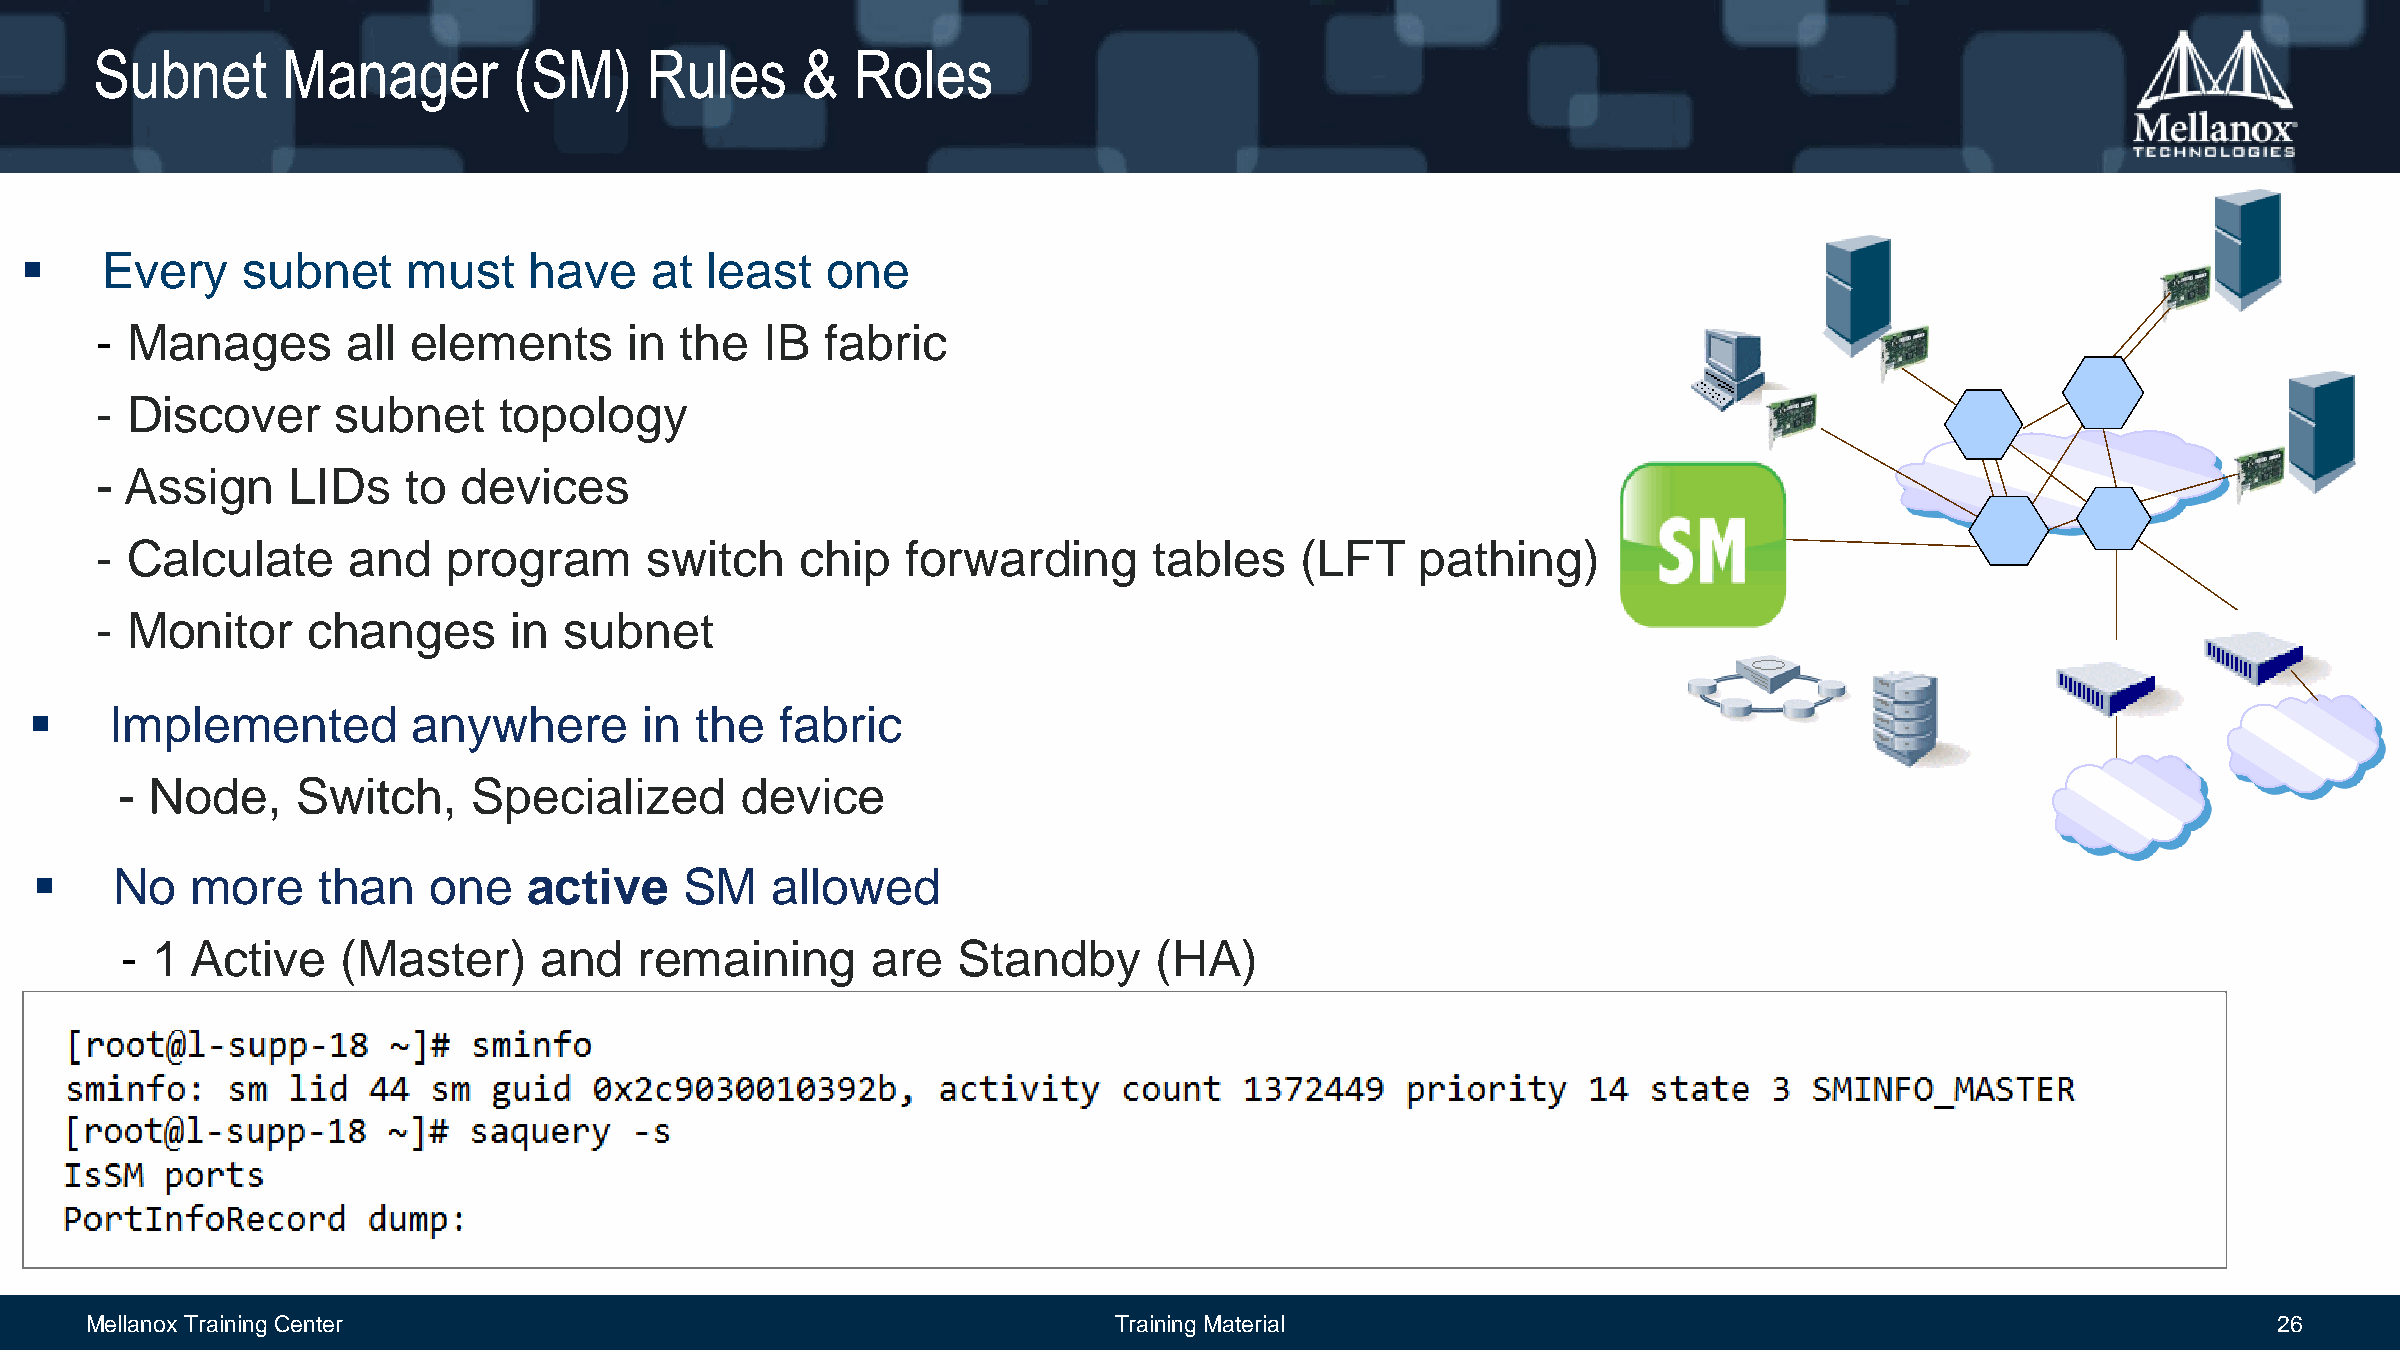
Subnet       Manager        (SM)     Rules     &   Roles
      Every    subnet     must    have    at  least   one
 - Manages        all elements       in the   IB  fabric
 - Discover      subnet     topology
 - Assign     LIDs    to devices
 - Calculate      and    program      switch    chip   forwarding      tables    (LFT    pathing)
 - Monitor     changes       in subnet
     Implemented         anywhere        in the   fabric
 - Node,     Switch,    Specialized       device
     No    more    than   one    active    SM    allowed
 - 1  Active    (Master)     and   remaining       are  Standby      (HA)
 Mellanox Training Center                                            Training Material                                                            26